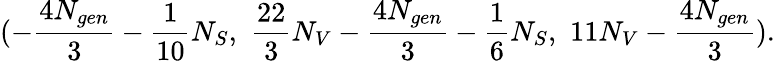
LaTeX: (-\frac{4N_{gen}}{3}-\frac{1}{10}N_{S},\, \, \frac{22}{3}N_{V}-\frac{4N_{gen}}{3}-\frac{1}{6}N_{S},\, \, 11N_{V}-\frac{4N_{gen}}{3}).